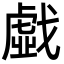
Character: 戱